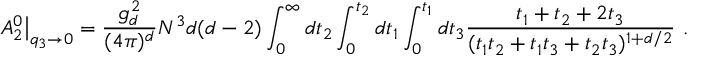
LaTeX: A _ { 2 } ^ { 0 } \big | _ { q _ { 3 } \rightarrow 0 } = \frac { g _ { d } ^ { 2 } } { ( 4 \pi ) ^ { d } } N ^ { 3 } d ( d - 2 ) \int _ { 0 } ^ { \infty } d t _ { 2 } \int _ { 0 } ^ { t _ { 2 } } d t _ { 1 } \int _ { 0 } ^ { t _ { 1 } } d t _ { 3 } { \frac { t _ { 1 } + t _ { 2 } + 2 t _ { 3 } } { ( t _ { 1 } t _ { 2 } + t _ { 1 } t _ { 3 } + t _ { 2 } t _ { 3 } ) ^ { 1 + d / 2 } } } ~ .